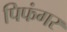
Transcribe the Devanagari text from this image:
पिफंगर